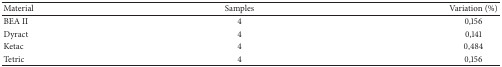
<table><thead><tr><td><b>Material </b></td><td><b>Samples </b></td><td><b>Variation (%) </b></td></tr></thead><tbody><tr><td>BEA II</td><td>4</td><td>0,156</td></tr><tr><td>Dyract</td><td>4</td><td>0,141</td></tr><tr><td>Ketac</td><td>4</td><td>0,484</td></tr><tr><td>Tetric</td><td>4</td><td>0,156</td></tr></tbody></table>